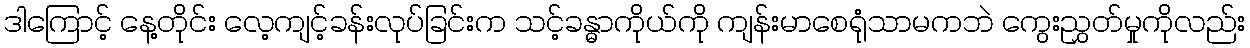
ဒါကြောင့် နေ့တိုင်း လေ့ကျင့်ခန်းလုပ်ခြင်းက သင့်ခန္ဓာကိုယ်ကို ကျန်းမာစေရုံသာမကဘဲ ကွေးညွှတ်မှုကိုလည်း